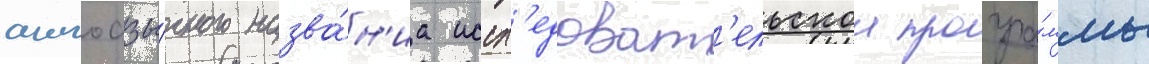
англоазы́чного назва́н'иа иссл'едоват'ельскои програ́ммы